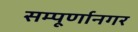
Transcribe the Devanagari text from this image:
सम्पूर्णानगर